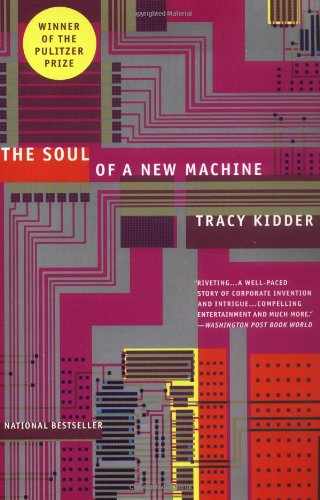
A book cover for The Soul of A New Machine; Tracy Kidder; Computers & Technology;